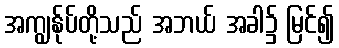
အကျွန်ုပ်တို့သည် အဘယ် အခါ၌ မြင်၍